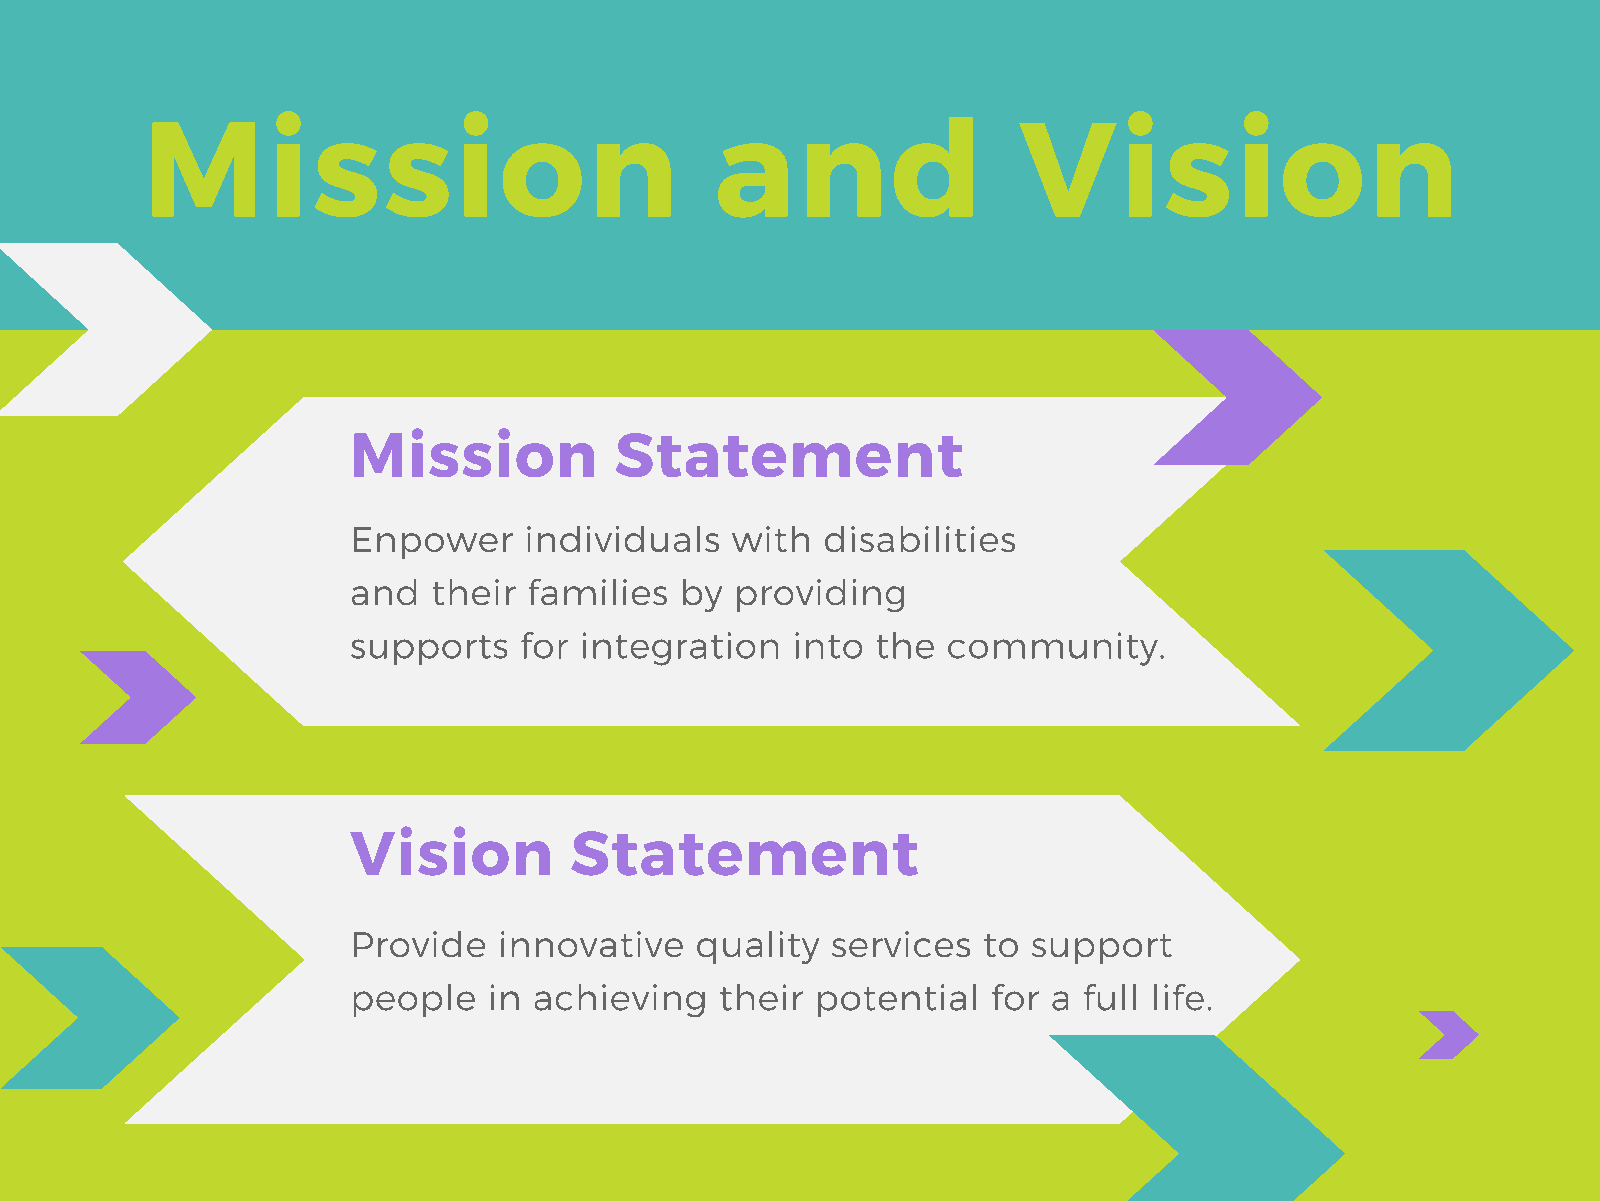
Mission                               and                 Vision
 Mission           Statement
 Enpower     individuals  with   disabilities
 and   their families  by  providing
 supports   for integration   into  the  community.
 Vision         Statement
 Provide   innovative   quality  services  to support
 people   in achieving    their potential   for a full life.